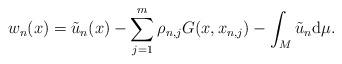
LaTeX: \begin{align*}w_n(x)=\tilde{u}_n(x)-\sum_{j=1}^m\rho_{n,j} G(x,x_{n,j})-\int_M\tilde{u}_n \mathrm{d}\mu.\end{align*}